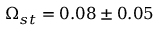
\Omega _ { s t } = 0 . 0 8 \pm 0 . 0 5